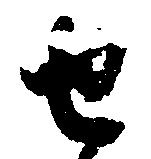
せ